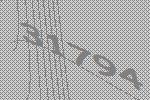
31794